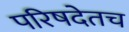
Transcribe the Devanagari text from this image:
परिषदेतच